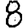
Digit: 8